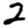
Digit: 2